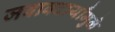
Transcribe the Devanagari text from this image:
जबाबदार्यांमुळे